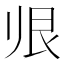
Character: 𱍭